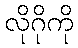
လိုဂိုကို